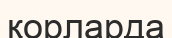
қорларда